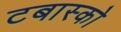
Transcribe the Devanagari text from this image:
टबास्को